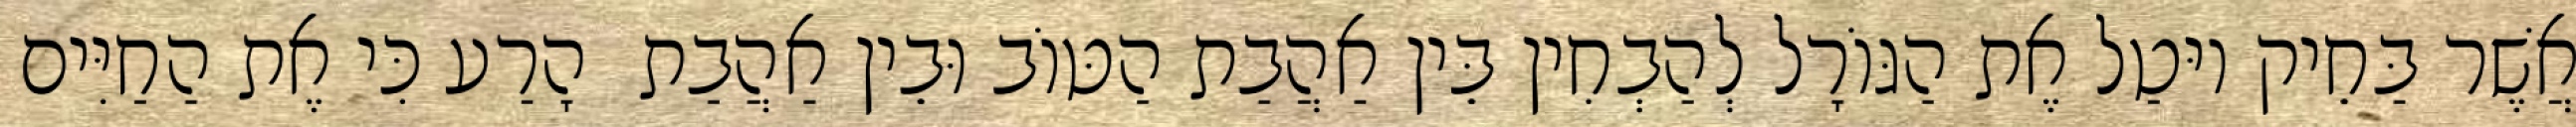
אֲשֶׁר בַּחֵיק יוּטַל אֶת הַגּוֹרָל לְהַבְחִין בֵּין אַהֲבַת הַטּוֹב וּבֵין אַהֲבַת  הָרַע כִּי אֶת הַחַיִּים